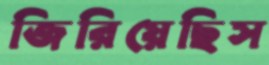
জিরিয়েছিস